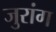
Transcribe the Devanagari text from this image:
जुरांग